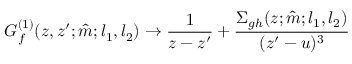
G _ { f } ^ { ( 1 ) } ( z , z ^ { \prime } ; \hat { m } ; l _ { 1 } , l _ { 2 } ) \to \frac { 1 } { z - z ^ { \prime } } + \frac { \Sigma _ { g h } ( z ; \hat { m } ; l _ { 1 } , l _ { 2 } ) } { ( z ^ { \prime } - u ) ^ { 3 } }